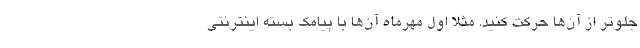
جلوتر از آن‌ها حرکت کنید. مثلا اول مهرماه آن‌ها با پیامک بسته اینترنتی